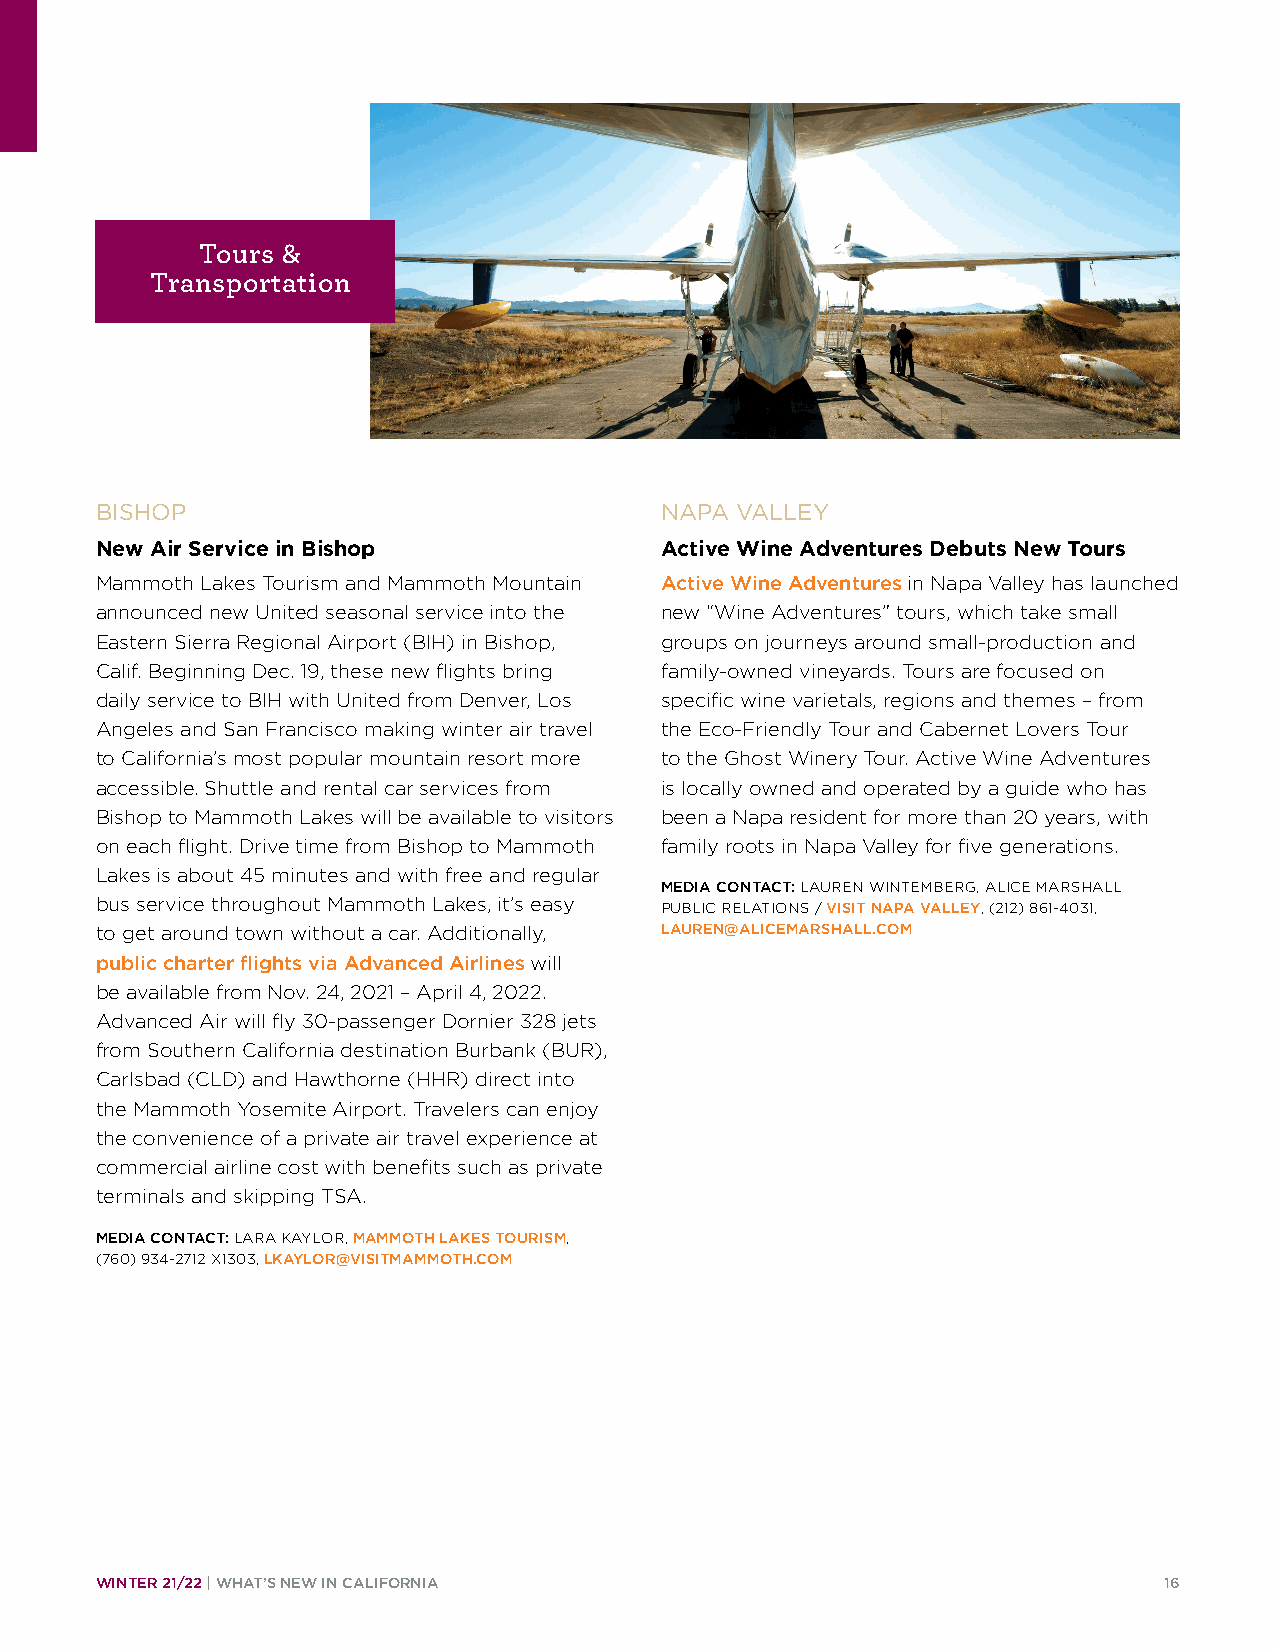
Tours &
 Transportation
 BISHOP                                NAPA VALLEY
 New Air Service in Bishop             Active Wine Adventures Debuts New Tours
 Mammoth Lakes Tourism and Mammoth Mountain Active Wine Adventures in Napa Valley has launched
 announced new United seasonal service into the new “Wine Adventures” tours, which take small
 Eastern Sierra Regional Airport (BIH) in Bishop, groups on journeys around small-production and
 Calif. Beginning Dec. 19, these new flights bring family-owned vineyards. Tours are focused on
 daily service to BIH with United from Denver, Los specific wine varietals, regions and themes – from
 Angeles and San Francisco making winter air travel the Eco-Friendly Tour and Cabernet Lovers Tour
 to California’s most popular mountain resort more to the Ghost Winery Tour. Active Wine Adventures
 accessible. Shuttle and rental car services from is locally owned and operated by a guide who has
 Bishop to Mammoth Lakes will be available to visitors been a Napa resident for more than 20 years, with
 on each flight. Drive time from Bishop to Mammoth family roots in Napa Valley for five generations.
 Lakes is about 45 minutes and with free and regular
 MEDIA CONTACT: LAUREN WINTEMBERG, ALICE MARSHALL
 bus service throughout Mammoth Lakes, it’s easy PUBLIC RELATIONS / VISIT NAPA VALLEY, (212) 861-4031,
 to get around town without a car. Additionally, LAUREN@ALICEMARSHALL.COM
 public charter flights via Advanced Airlines will
 be available from Nov. 24, 2021 – April 4, 2022.
 Advanced Air will fly 30-passenger Dornier 328 jets
 from Southern California destination Burbank (BUR),
 Carlsbad (CLD) and Hawthorne (HHR) direct into
 the Mammoth Yosemite Airport. Travelers can enjoy
 the convenience of a private air travel experience at
 commercial airline cost with benefits such as private
 terminals and skipping TSA.
 MEDIA CONTACT: LARA KAYLOR, MAMMOTH LAKES TOURISM,
 (760) 934-2712 X1303, LKAYLOR@VISITMAMMOTH.COM
 WINTER 21/22 | WHAT’S NEW IN CALIFORNIA                                16